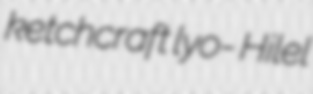
ketchcraft lyo- Hilel